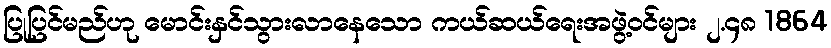
ပြုပြင်မည်ဟု မောင်းနှင်သွားလာနေသော ကယ်ဆယ်ရေးအဖွဲ့ဝင်များ ၂.၄၈ 1864